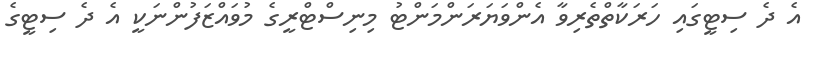
އެ ދެ ސިޓީގައި ހަރަކާތްތެރިވާ އެންވަޔަރަންމަންޓު މިނިސްޓްރީގެ މުވައްޒަފުންނަކީ އެ ދެ ސިޓީގެ